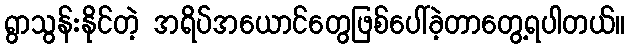
ရွာသွန်းနိုင်တဲ့ အရိပ်အယောင်တွေဖြစ်ပေါ်ခဲ့တာတွေ့ရပါတယ်။